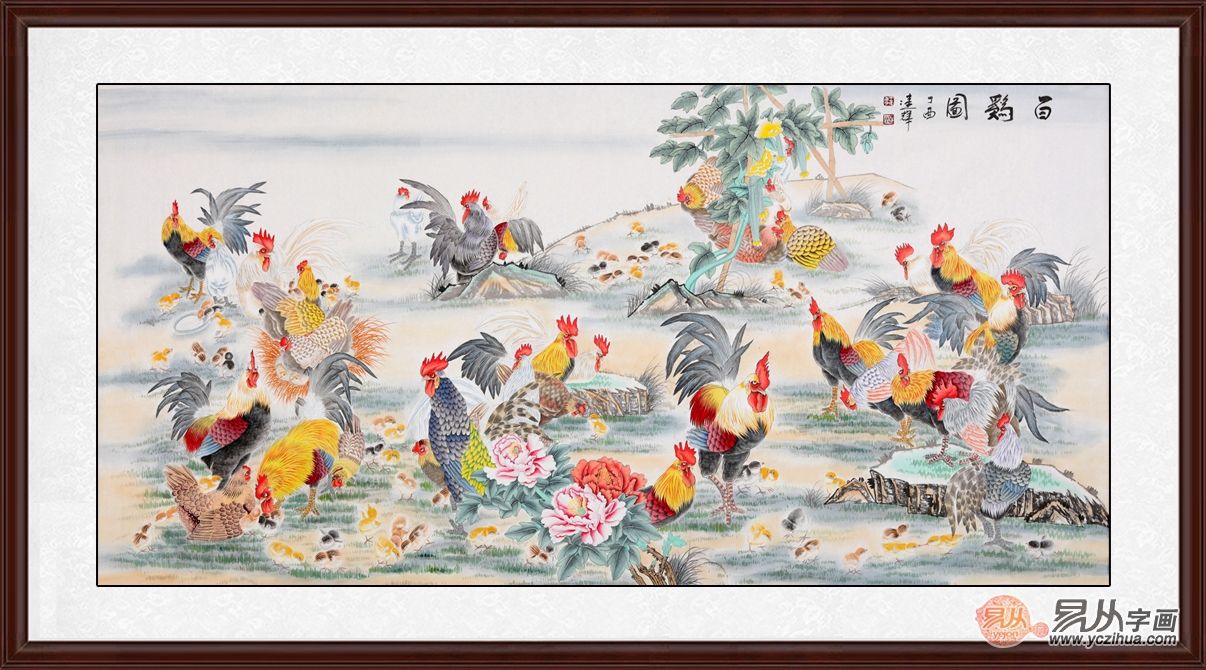
身劳而心安，为之利少而义多，为之